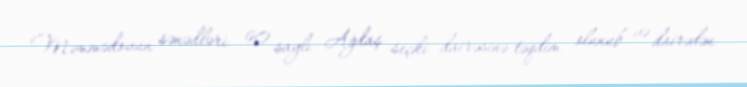
Məmmədovun sənədləri 90 saylı Ağdaş seçki dairəsinə təqdim olunub və dairədən